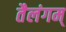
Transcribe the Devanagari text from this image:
तैलंगम्